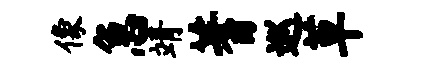
像急靖蓍巡草